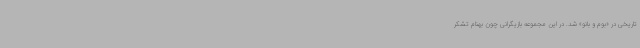
تاریخی در «بوم و بانو» شد. در این مجموعه بازیگرانی چون بهنام تشکر